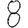
Digit: 8